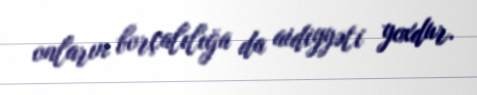
onların borçalılığa da aidiyyəti yoxdur.